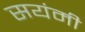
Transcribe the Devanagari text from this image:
सयंमी